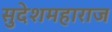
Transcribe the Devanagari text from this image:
सुदेशमहाराज